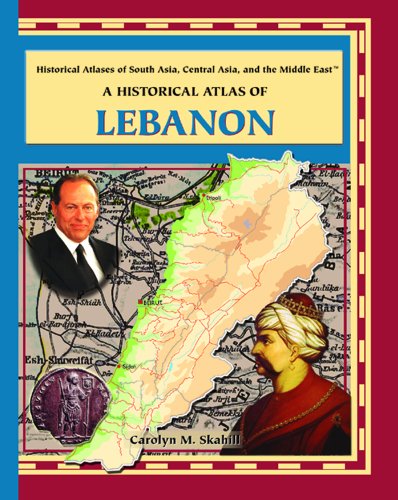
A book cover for A Historical Atlas of Lebanon (Historical Atlases of South Asia, Central Asia and the Middle East); Carolyn Skahill; Travel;